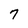
Character: 7